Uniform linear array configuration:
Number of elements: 64
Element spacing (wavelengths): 0.5
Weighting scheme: hann
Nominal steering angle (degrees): -30
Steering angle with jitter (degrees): -30.059
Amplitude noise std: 0.05
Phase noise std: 0.05

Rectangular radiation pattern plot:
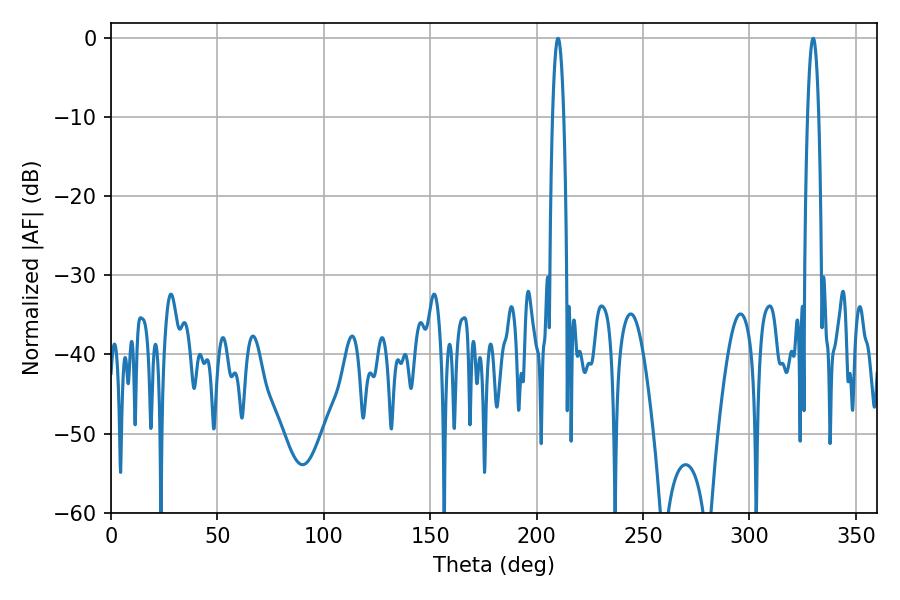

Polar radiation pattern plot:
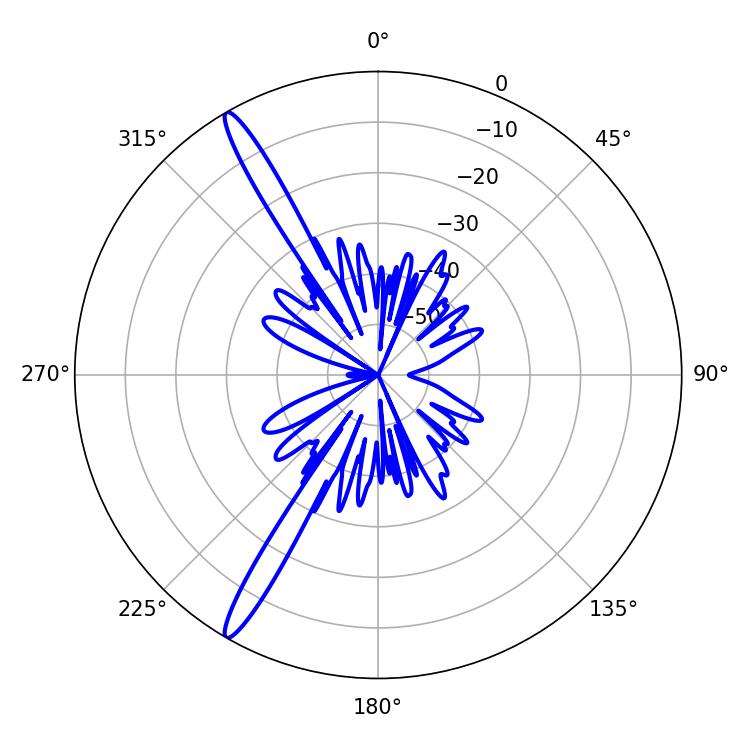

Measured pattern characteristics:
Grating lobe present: FALSE
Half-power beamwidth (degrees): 2.88
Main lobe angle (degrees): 210.06